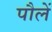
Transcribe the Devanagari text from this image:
पौलें